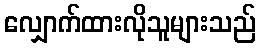
လျှောက်ထားလိုသူများသည်